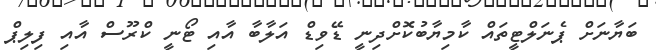
ބަޔާނަށް ޕެނަލްޓީތައް ކާމިޔާބުކޮށްދިނީ ޑޭވިޑް އަލާބާ އާއި ޓޯނީ ކްރޫސް އާއި ފިލިޕް